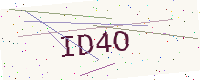
Text: ID4O